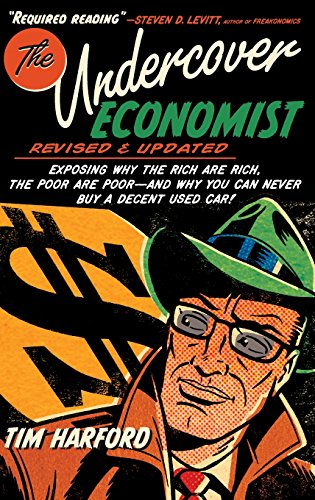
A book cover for The Undercover Economist, Revised and Updated Edition: Exposing Why the Rich Are Rich, the Poor Are Poor - and Why You Can Never Buy a Decent Used Car!; Tim Harford; Business & Money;